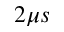
2 \mu s